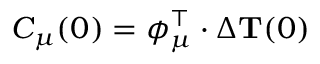
C _ { \mu } ( 0 ) = \boldsymbol { \phi } _ { \mu } ^ { \intercal } \cdot \Delta { \mathbf { T } } ( 0 )